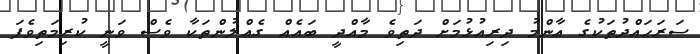
ސަރަޙައްދުތަކުގެ ޢާންމު ދިރިއުޅުމަށް ދަތިވެ މާއްދީ ބައެއް ގެއްލުންތަކާ ވެސް ވަނީ ކުރިމަތިވެފަ